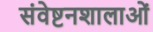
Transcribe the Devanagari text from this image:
संवेष्टनशालाओं